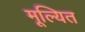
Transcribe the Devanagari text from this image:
मूल्यित